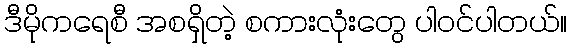
ဒီမိုကရေစီ အစရှိတဲ့ စကားလုံးတွေ ပါဝင်ပါတယ်။